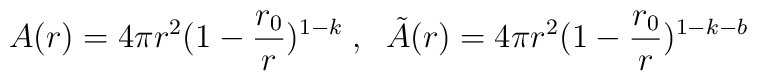
A(r) = 4 \pi r^2 (1 - \frac{r_0}{r})^{1 - k}  \; , \; \;\tilde{A}(r) = 4 \pi r^2 (1 - \frac{r_0}{r})^{1 - k - b}